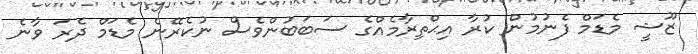
ޒޫޝީ މެޑަމް ފެނުމުން ކުރާ އިޙްތިރާމެއްގެ ސަބަބުންވެސް ނުކެރޭނެ މެޑަމް ދެރަ ވާނެ